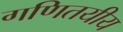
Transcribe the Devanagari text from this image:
गणितयीय